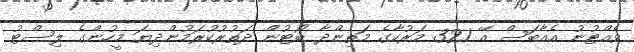
ވެއްޓުނު އެއާބަސް އޭ 321 މަރުކާގެ މަތިންދާ ބޯޓުން ދަތުރުކުރަމުންދިޔަ މީހުންގެ ލިސްޓު